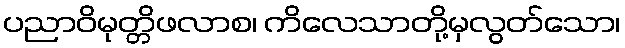
ပညာဝိမုတ္တိဖလာစ၊ ကိလေသာတို့မှလွတ်သော၊